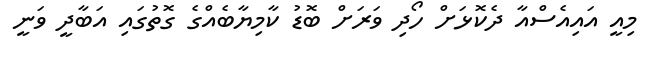
މިއީ އައިއެސްއާ ދެކޮޅަށް ހޯދި ވަަރަށް ބޮޑު ކާމިޔާބެއްގެ ގޮތުގައި އަބާދީ ވަނީ